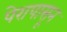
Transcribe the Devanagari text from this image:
पेरापासून